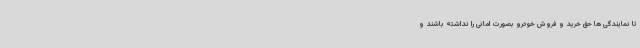
تا نمایندگی ها حق خرید و فروش خودرو بصورت امانی را نداشته باشند و